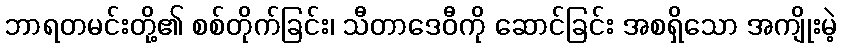
ဘာရတမင်းတို့၏ စစ်တိုက်ခြင်း၊ သီတာဒေဝီကို ဆောင်ခြင်း အစရှိသော အကျိုးမဲ့